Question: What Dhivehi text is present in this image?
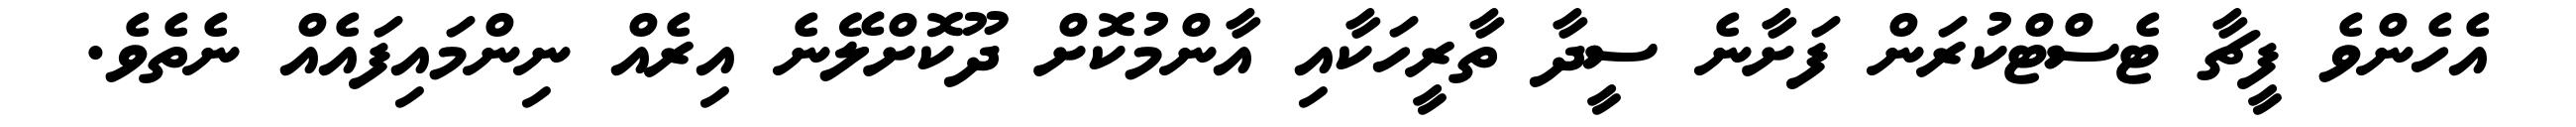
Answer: އެހެންވެ ފީޗާ ޓެސްޓްކުރަން ފަށާނެ ސީދާ ތާރީހަކާއި އާންމުކޮށް ދޫކޮށްލޭނެ އިރެއް ނިންމައިފައެއް ނެތެވެ.